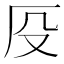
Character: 𠨻